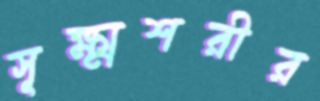
সূক্ষ্মশরীর